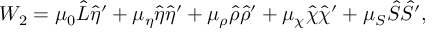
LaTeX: W _ { 2 } = \mu _ { 0 } \hat { L } \hat { \eta } ^ { \prime } + \mu _ { \eta } \hat { \eta } \hat { \eta } ^ { \prime } + \mu _ { \rho } \hat { \rho } \hat { \rho } ^ { \prime } + \mu _ { \chi } \hat { \chi } \hat { \chi } ^ { \prime } + \mu _ { S } \hat { S } \hat { S } ^ { \prime } ,